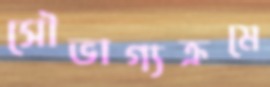
সৌভাগ্যক্রমে